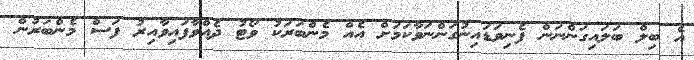
އެ ބިލް ބަލައިގަންނަން ފެނިވަޑައިނުގަންނަވާކަމަށް އެއް މެންބަރަކު ވޯޓު ދެއްވާފައިވާއިރު ފަސް މެންބަރުން